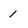
Character: 1